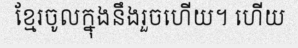
ខ្មែរចូលក្នុងនឹងរួចហើយ។ ហើយ